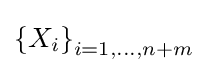
\left\{X_{i}\right\}_{i=1,\dots ,n+m}